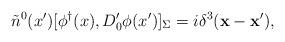
LaTeX: \begin{align*}\tilde{n}^0(x') [\phi^{\dagger}(x),D'_0\phi(x')]_{\Sigma}=i \delta^3({\bf x}-{\bf x}') ,\end{align*}